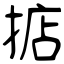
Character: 掂